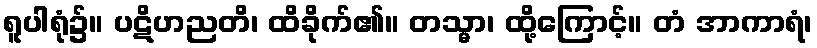
ရူပါရုံ၌။ ပဋိဟညတိ၊ ထိခိုက်၏။ တသ္မာ၊ ထို့ကြောင့်။ တံ အာကာရံ၊